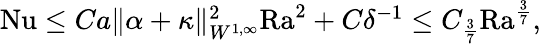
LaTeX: \begin{array}{r}{\mathrm{{Nu}}\leq Ca\| \alpha+\kappa\| _{W^{1,\infty}}^{2}\mathrm{{Ra}}^{2}+C\delta^{-1}\leq C_{\frac{3}{7}}\mathrm{{Ra}}^{\frac{3}{7}},}\end{array}